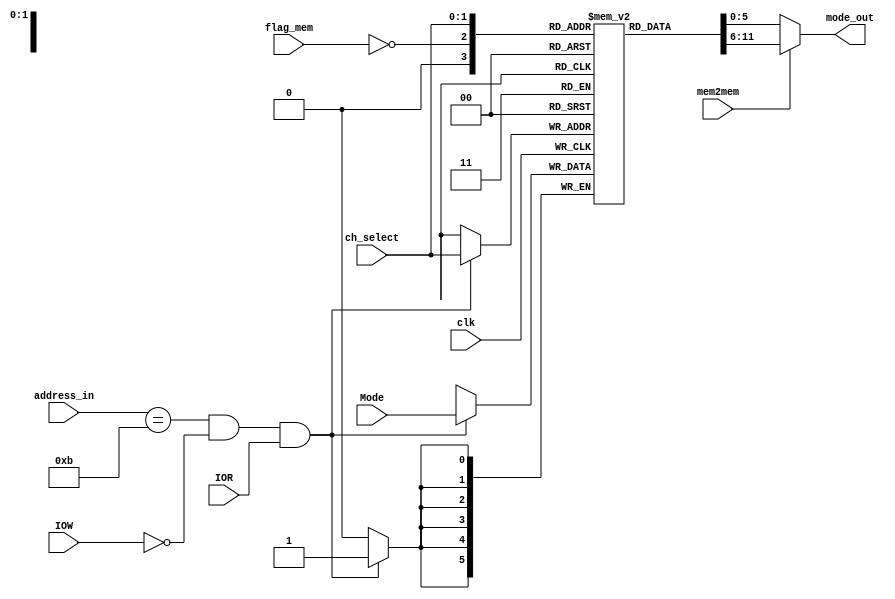
module MODE_reg(clk,Mode,address_in,IOR,IOW,ch_select,mode_out,mem2mem,flag_mem);

input [5:0] Mode;

input [3:0] address_in;
input [1:0] ch_select;
input IOR,IOW,clk,mem2mem,flag_mem;

output [5:0] mode_out;

reg [5:0] mode [0:3];

assign mode_out = (mem2mem) ? mode[~flag_mem] : mode[ch_select];

initial
begin
#100
mode[0] <= 6'b101010;
mode[1] <= 6'b101001;
mode[2] <= 6'b100001;
end

always @(posedge clk)
begin
if(address_in == 11 && IOW == 0 && IOR == 1)
begin
mode[ch_select] <= Mode;
end
end

endmodule